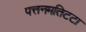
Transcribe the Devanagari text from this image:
पत्तनमतिटटा